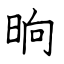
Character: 晌